Vaccination in Burma 1920-1933 - 1920-1933
Year: 1920
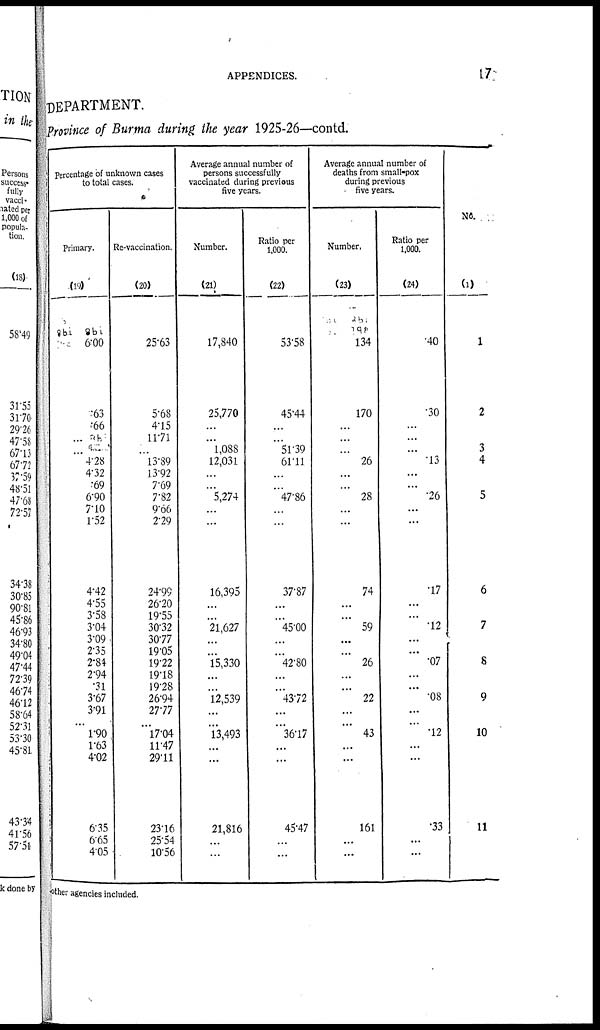
APPENDICES.
17
DEPARTMENT.
Province of Burma during the year 1925-26—contd.
Percentage of unknown cases
to total cases.
Primary.
(19)
6.00
.63
.66
...
...
4.28
4.32
.69
6.90
7.10
1.52
4.42
4.55
3.58
3.04
3.09
2.35
2.84
2.94
.31
3.67
3.91
1.90
1.63
4.02
6.35
6.65
4.05
Re-vaccination.
(20)
25.63
5.68
4.15
11.71
...
13.89
13.92
7.69
7.82
9.66
2.29
24.99
26.20
19.55
30.32
30.77
19.05
19.22
19.18
19.28
26.94
27.77
17.04
11.47
29.11
23.16
25.54
10.56
Average annual number of
persons successfully
vaccinated during previous
five years.
Number.
(21)
17,840
25,770
...
...
1,088
12,031
...
...
5,274
...
...
16,395
...
...
21,627
...
...
15,330
...
...
12,539
...
13,493
...
...
21,816
...
...
Ratio per
1,000.
(22)
53.58
45.44
...
...
51.39
61.11
...
...
47.86
...
...
37.87
...
...
45.00
...
...
42.80
...
...
43.72
...
36.17
...
...
45.47
...
...
Average annual number of
deaths from small-pox
during previous
five years.
Number,
(23)
134
170
...
...
...
26
...
...
28
...
...
74
...
...
59
...
...
26
...
...
22
...
43
...
...
161
...
...
Ratio per
1,000.
(24)
.40
.30
...
...
...
.13
...
...
.26
...
...
.17
...
...
.12
...
...
.07
...
...
.08
...
.12
...
...
.33
...
...
NO.
(1)
1
2
...
...
3
4
...
...
5
...
...
6
...
...
7
...
...
8
...
...
9
...
10
...
...
11
...
...
other agencies included.